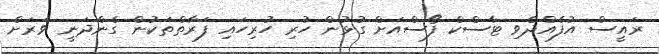
ރައީސް އުފެއްދެވި ޓާސްކް ފޯސްއަށް ގުޅުން ހުރި ހުރިހައި ފަރާތްތަކުން ގެންދަނީ ވަރަށް